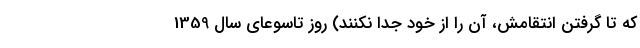
که تا گرفتن انتقامش، آن را از خود جدا نکنند) روز تاسوعای سال 1359